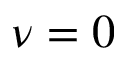
\nu = 0